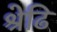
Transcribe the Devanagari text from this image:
श्रेढि